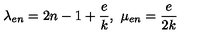
\lambda _ { e n } = 2 n - 1 + \frac { e } { k } , \ \mu _ { e n } = \frac { e } { 2 k }